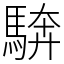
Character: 𩣺